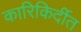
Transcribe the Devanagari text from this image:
कारिकिर्दीत